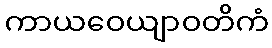
ကာယဝေယျာဝတိကံ